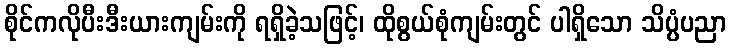
စိုင်ကလိုပီးဒီးယားကျမ်းကို ရရှိခဲ့သဖြင့်၊ ထိုစွယ်စုံကျမ်းတွင် ပါရှိသော သိပ္ပံပညာ